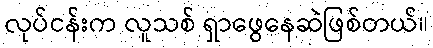
လုပ်ငန်းက လူသစ် ရှာဖွေနေဆဲဖြစ်တယ်။